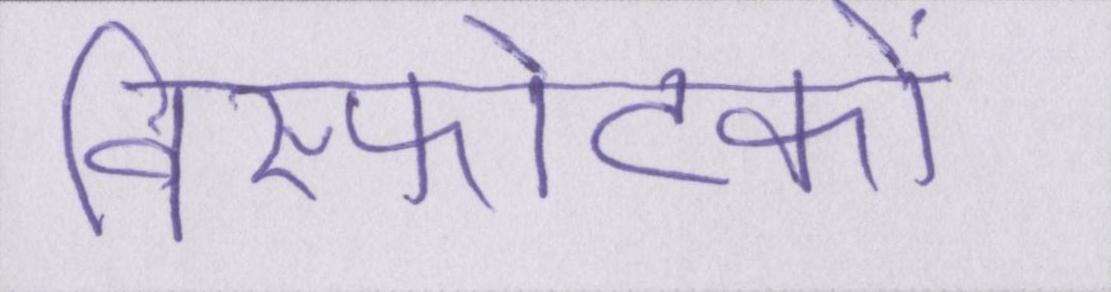
विस्फोटकों